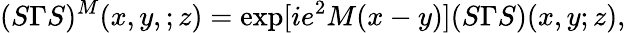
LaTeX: (S\Gamma S)^{M}(x,y,;z)=\exp[ie^{2}M(x-y)](S\Gamma S)(x,y;z),